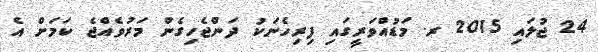
24 ޖުލައި 2015 ރ. މަޑުއްވަރީގައި ފިރިހެނަކު ދަންޖެހިގެން މަރުވެއްޖެ ކަމަށް އެ